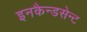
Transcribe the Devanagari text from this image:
इनकैन्डसेन्ट